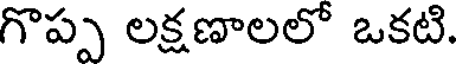
గొప్ప లక్షణాలలో ఒకటి.